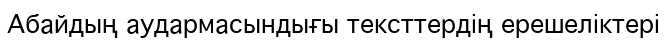
Абайдың аудармасындығы тексттердің ерешеліктері